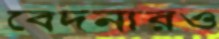
বেদনারও